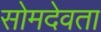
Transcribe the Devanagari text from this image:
सोमदेवता